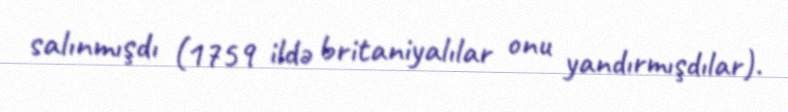
salınmışdı (1759 ildə britaniyalılar onu yandırmışdılar).